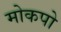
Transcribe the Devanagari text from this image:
मोकपो